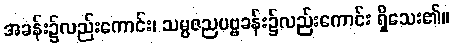
အခန်း၌လည်းကောင်း၊ သမ္ပဇညပဗ္ဗခန်း၌လည်းကောင်း ရှိသေး၏။